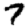
Digit: 7